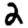
Digit: 2